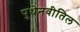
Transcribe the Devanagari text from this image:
पुथेनवीतिल